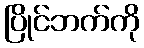
ပြိုင်ဘက်ကို